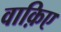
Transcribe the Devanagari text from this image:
वाक़िए